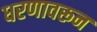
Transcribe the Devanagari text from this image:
धरणावरून